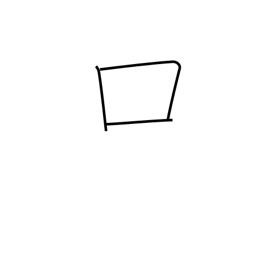
Meaning: mouth